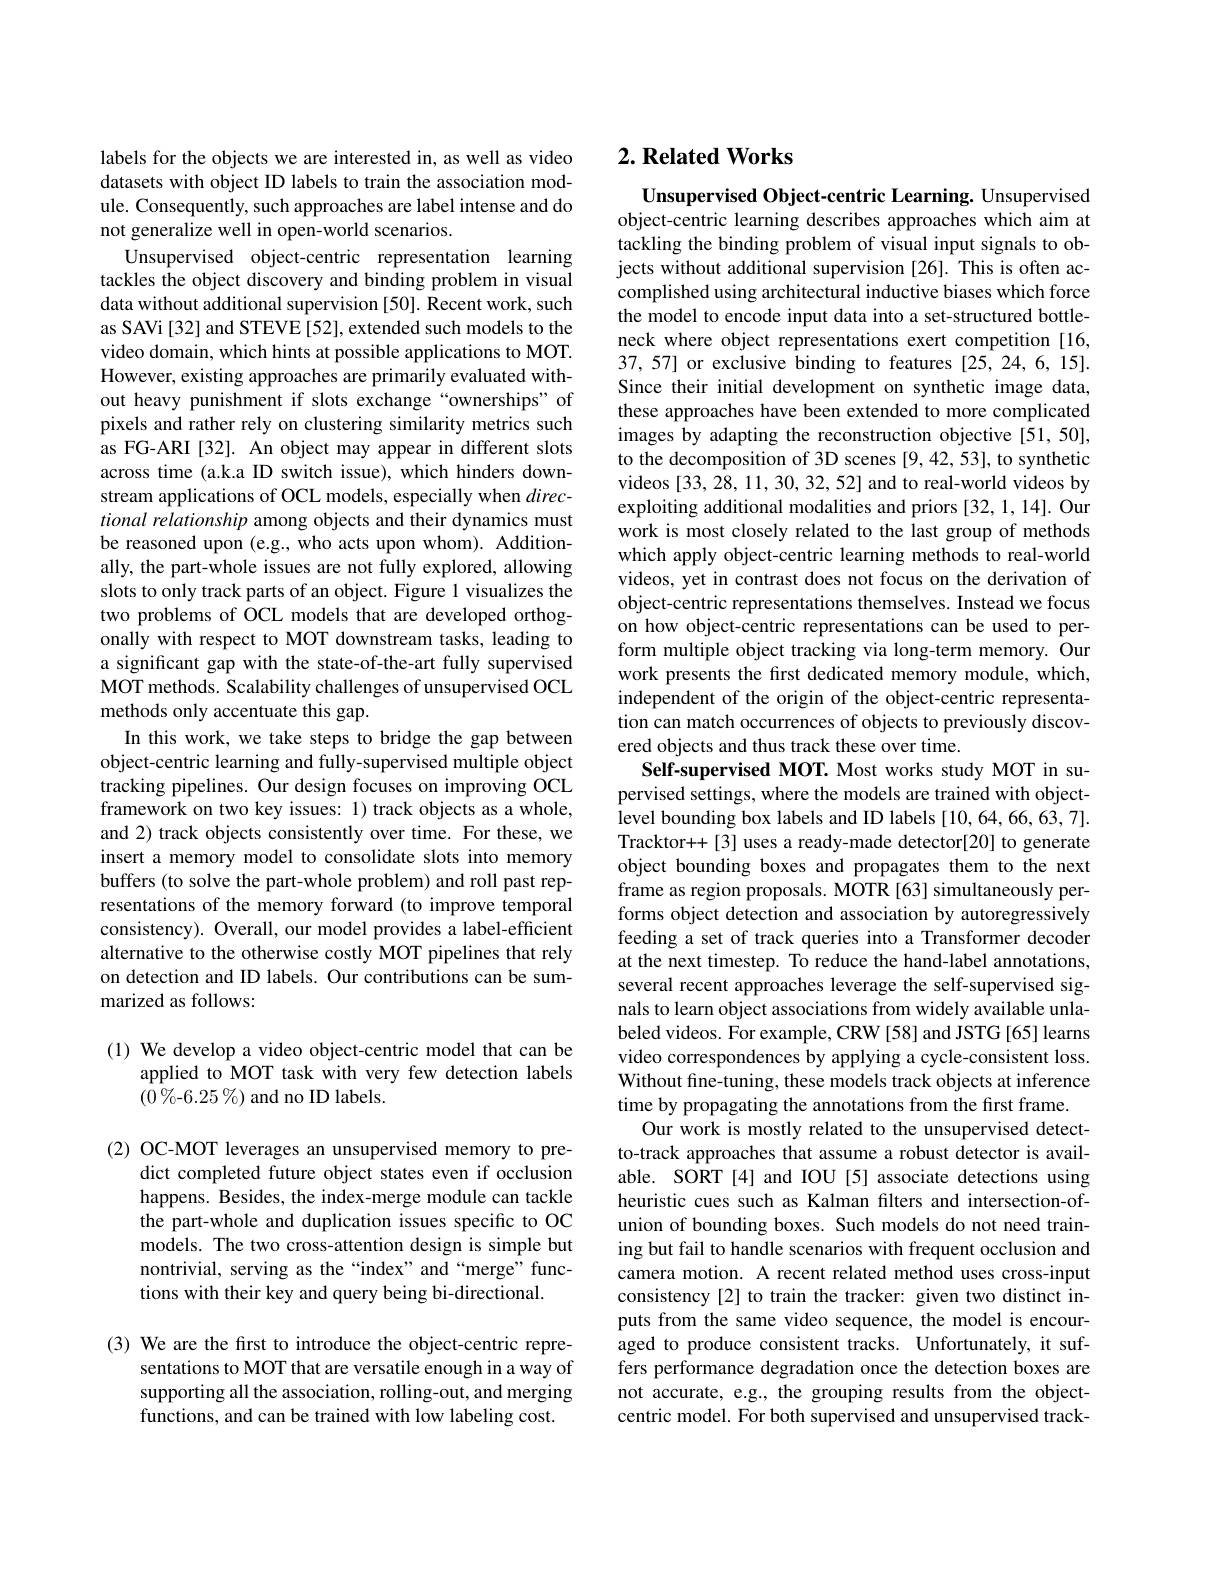
labels for the objects we are interested in, as well as video datasets with object ID labels to train the association module. Consequently, such approaches are label intense and do not generalize well in open-world scenarios.
Unsupervised object-centric representation learning tackles the object discovery and binding problem in visual data without additional supervision [50]. Recent work, such as SAVi[32] and STEVE[52], extended such models to the video domain, which hints at possible applications to MOT. However, existing approaches are primarily evaluated without heavy punishment if slots exchange “ownerships” of pixels and rather rely on clustering similarity metrics such as FG-ARI [32]. An object may appear in different slots across time (a.k.a ID switch issue), which hinders downstream applications of OCL models, especially when $direc-$ tional relationship among objects and their dynamics must be reasoned upon (e.g., who acts upon whom). Additionally, the part-whole issues are not fully explored, allowing slots to only track parts of an object. Figure 1 visualizes the two problems of OCL models that are developed orthogonally with respect to MOT downstream tasks, leading to a significant gap with the state-of-the-art fully supervised MOT methods. Scalability challenges of unsupervised OCL methods only accentuate this gap.
In this work, we take steps to bridge the gap between object-centric learning and fully-supervised multiple object tracking pipelines. Our design focuses on improving OCL framework on two key issues: 1) track objects as a whole, and 2) track objects consistently over time. For these, we insert a memory model to consolidate slots into memory buffers (to solve the part-whole problem) and roll past representations of the memory forward (to improve temporal consistency). Overall, our model provides a label-efficient alternative to the otherwise costly MOT pipelines that rely on detection and ID labels. Our contributions can be summarized as follows:

(1) We develop a video object-centric model that can be
applied to MOT task with very few detection labels
$(0\%-6.25\%)$ and no ID labels.

(2) OC-MOT leverages an unsupervised memory to pre-
dict completed future object states even if occlusion happens. Besides, the index-merge module can tackle the part-whole and duplication issues specific to OC models. The two cross-attention design is simple but nontrivial, serving as the“index”and“merge”functions with their key and query being bi-directional.

(3) We are the first to introduce the object-centric repre-
sentations to MOT that are versatile enough in a way of supporting all the association, rolling-out, and merging functions, and can be trained with low labeling cost.

# $2. \textbf{ Related Works}$

Unsupervised Object-centric Learning. Unsupervised object-centric learning describes approaches which aim at tackling the binding problem of visual input signals to objects without additional supervision [26]. This is often accomplished using architectural inductive biases which force the model to encode input data into a set-structured bottleneck where object representations exert competition [16, 37, 57] or exclusive binding to features [25, 24, 6, 15]. Since their initial development on synthetic image data, these approaches have been extended to more complicated images by adapting the reconstruction objective [51,50], to the decomposition of 3D scenes [9,42,53], to synthetic videos [33,28,11,30,32,52] and to real-world videos by exploiting additional modalities and priors [32, 1, 14]. Our work is most closely related to the last group of methods which apply object-centric learning methods to real-world videos, yet in contrast does not focus on the derivation of object-centric representations themselves. Instead we focus on how object-centric representations can be used to perform multiple object tracking via long-term memory. Our work presents the first dedicated memory module, which, independent of the origin of the object-centric representation can match occurrences of objects to previously discovered objects and thus track these over time.
Self-supervised MOT. Most works study MOT in supervised settings, where the models are trained with objectlevel bounding box labels and ID labels [10,64,66,63,7]. Tracktor+[3] uses a ready-made detector[20] to generate object bounding boxes and propagates them to the next frame as region proposals. MOTR [63] simultaneously performs object detection and association by autoregressively feeding a set of track queries into a Transformer decoder at the next timestep. To reduce the hand-label annotations, several recent approaches leverage the self-supervised signals to learn object associations from widely available unlabeled videos. For example, CRW [58] and JSTG [65] learns video correspondences by applying a cycle-consistent loss. Without fine-tuning, these models track objects at inference time by propagating the annotations from the first frame.
Our work is mostly related to the unsupervised detectto-track approaches that assume a robust detector is available. SORT[4] and IOU[5] associate detections using heuristic cues such as Kalman filters and intersection-ofunion of bounding boxes. Such models do not need training but fail to handle scenarios with frequent occlusion and camera motion. A recent related method uses cross-input consistency [2] to train the tracker: given two distinct inputs from the same video sequence, the model is encouraged to produce consistent tracks. Unfortunately, it suffers performance degradation once the detection boxes are not accurate, e.g., the grouping results from the objectcentric model. For both supervised and unsupervised track-